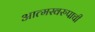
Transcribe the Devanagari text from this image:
आत्मस्वरुपाची